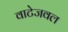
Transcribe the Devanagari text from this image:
वाटेजवल